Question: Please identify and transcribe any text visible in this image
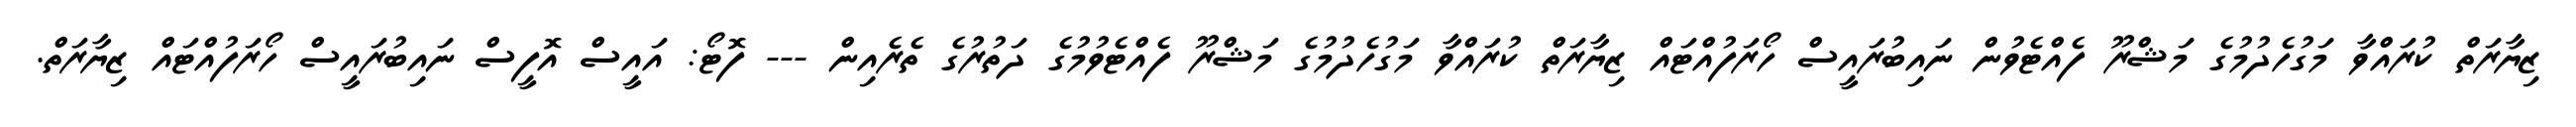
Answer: ޒިޔާރަތް ކުރައްވާ މަގުހެދުމުގެ މަޝްރޫ ފެއްޓެވުން ނައިބުރައީސް ހޯރަފުއްޓައް ޒިޔާރަތް ކުރައްވާ މަގުހެދުމުގެ މަޝްރޫ ފެއްޓެވުމުގެ ދަތުރުގެ ތެރެއިން --- ފޮޓޯ: އައީސް އޮފީސް ނައިބުރައީސް ހޯރަފުއްޓައް ޒިޔާރަތް.